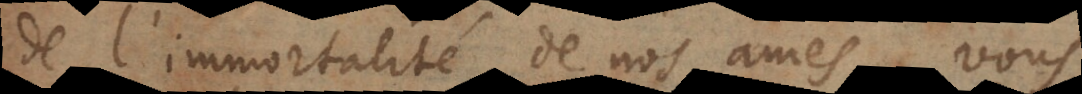
de l’immortalité de nos ames, vous